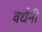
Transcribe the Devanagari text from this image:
वर्धनी